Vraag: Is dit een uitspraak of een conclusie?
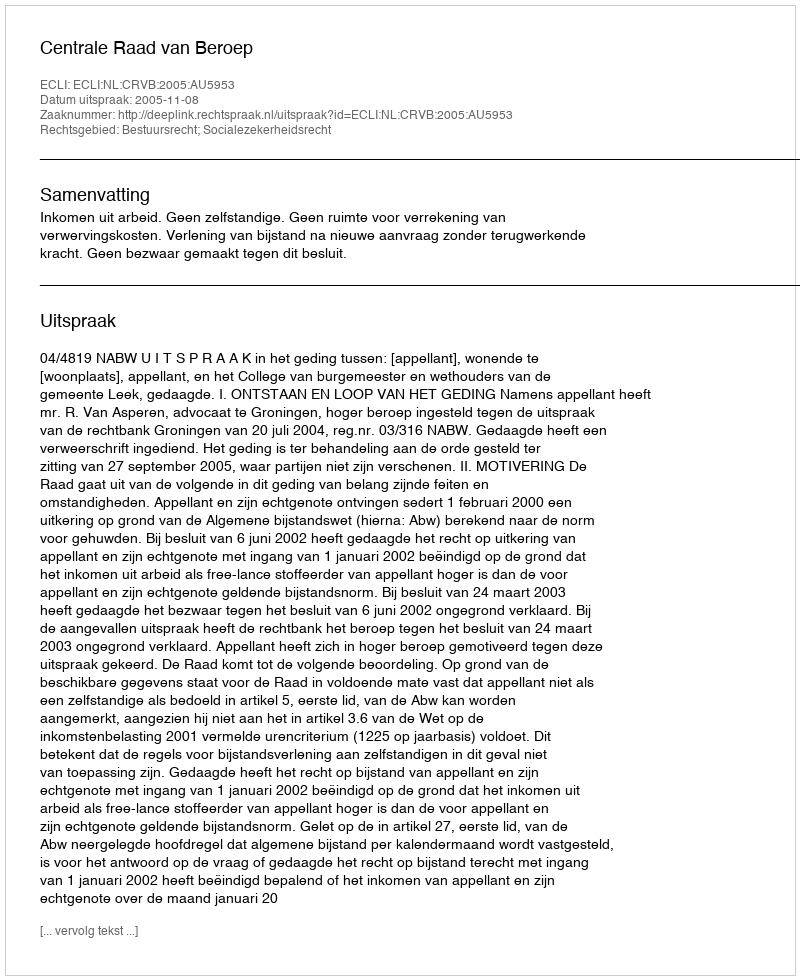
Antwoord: Uitspraak